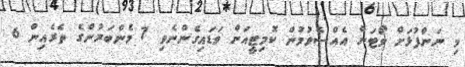
މި ނަންފުޅަށް ވޯޓަށް އެއްސެވުމުން ކޮމިޓީއަށް ވަޑައިގެންނެވި 7 މެންބަރުންގެ ތެރެއިން 6